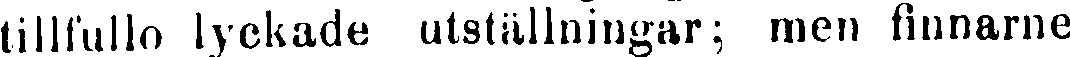
tillfullo lyckade utställningar; men finnarne